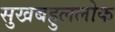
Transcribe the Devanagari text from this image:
सुखबहुललोक